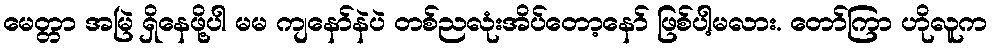
မေတ္တာ အမြဲ ရှိနေဖို့ပါ မမ ကျနော်နဲပဲ တစ်ညလုံးအိပ်တော့နော် ဖြစ်ပါ့မလား. တော်ကြာ ဟိုလူက